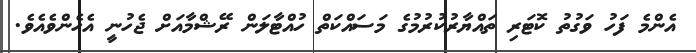
އެންމެ ފަހު ވަގުތު ކޮޓަރި ތައްޔާރުކުރުމުގެ މަސައްކަތް ހުއްޓާލަން ރޭޝްމާއަށް ޖެހުނީ އެހެންވެއެވެ.